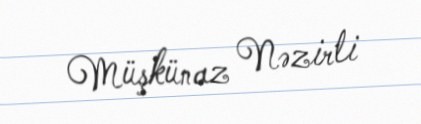
Müşkünaz Nəzirli